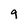
Character: 9